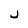
Character: j